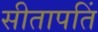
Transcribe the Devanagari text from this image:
सीतापतिं